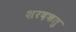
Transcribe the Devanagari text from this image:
शरदऋतु